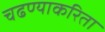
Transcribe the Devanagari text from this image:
चढण्याकरिता